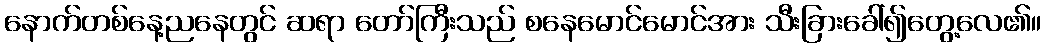
နောက်တစ်နေ့ညနေတွင် ဆရာ တော်ကြီးသည် စနေမောင်မောင်အား သီးခြားခေါ်၍တွေ့လေ၏။